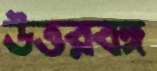
উত্তরবঙ্গ